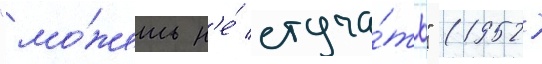
"мо́жешь н'е́ стуча́ть" (1952)